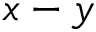
x - y